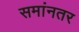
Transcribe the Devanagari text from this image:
समांनतर